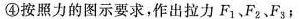
④按照力的图示要求，作出拉力F_{1}、F_{2}、F_{3}；